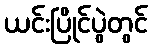
ယင်းပြိုင်ပွဲတွင်